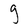
Character: g